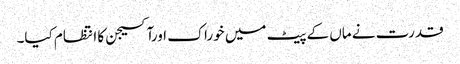
قدرت نے ماں کے پیٹ میں خوراک اورآکسیجن کا انتظام کیا۔